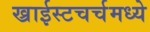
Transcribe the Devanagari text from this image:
ख्राईस्टचर्चमध्ये